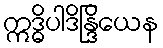
ဣဒ္ဓိပါဒိန္ဒြိယေန